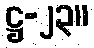
ဋ္ဌ-၂၃။